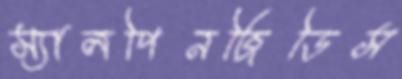
স্যালপিনজিডিস